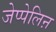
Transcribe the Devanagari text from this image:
जेप्पेलिऩ